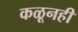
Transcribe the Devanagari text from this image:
कळूनही